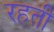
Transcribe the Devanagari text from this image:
रहती